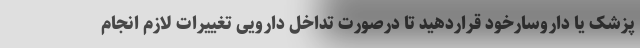
پزشک یا داروسارخود قراردهید تا درصورت تداخل دارویی تغییرات لازم انجام